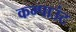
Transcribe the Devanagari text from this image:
कम्पाउंट